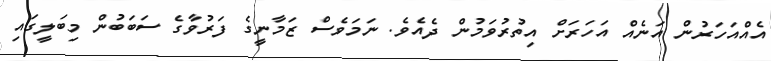
އެއްއަހަރުން އަނެއް އަހަރަށް އިތުރުވަމުން ދެއެވެ. ނަމަވެސް ޒަމާނީގެ ފަރުވާގެ ސަބަބުން މިބަލީގައި